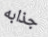
جذابه